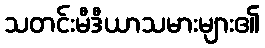
သတင်းမီဒီယာသမားများ၏